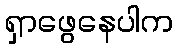
ရှာဖွေနေပါက